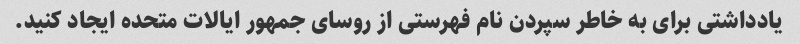
یادداشتی برای به خاطر سپردن نام فهرستی از روسای جمهور ایالات متحده ایجاد کنید.